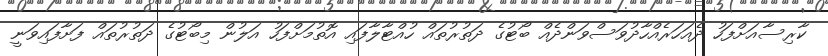
ކާރިސާއަށްފަހު ދެއަހަރެއްހާދުވަސްވަންދެއް ބޯޓުގެ ދަތުރުތައް ހުއްޓާލާފައި އޮތުމަށްފަހު އަލުން މިބޯޓުގެ ދަތުރުތައް ފަށާފައިވަނީ